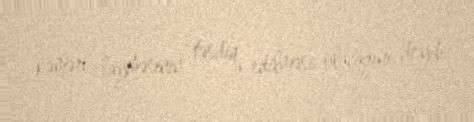
kəməri layihəsinin təsdiq edilməsi olacağını deyib.